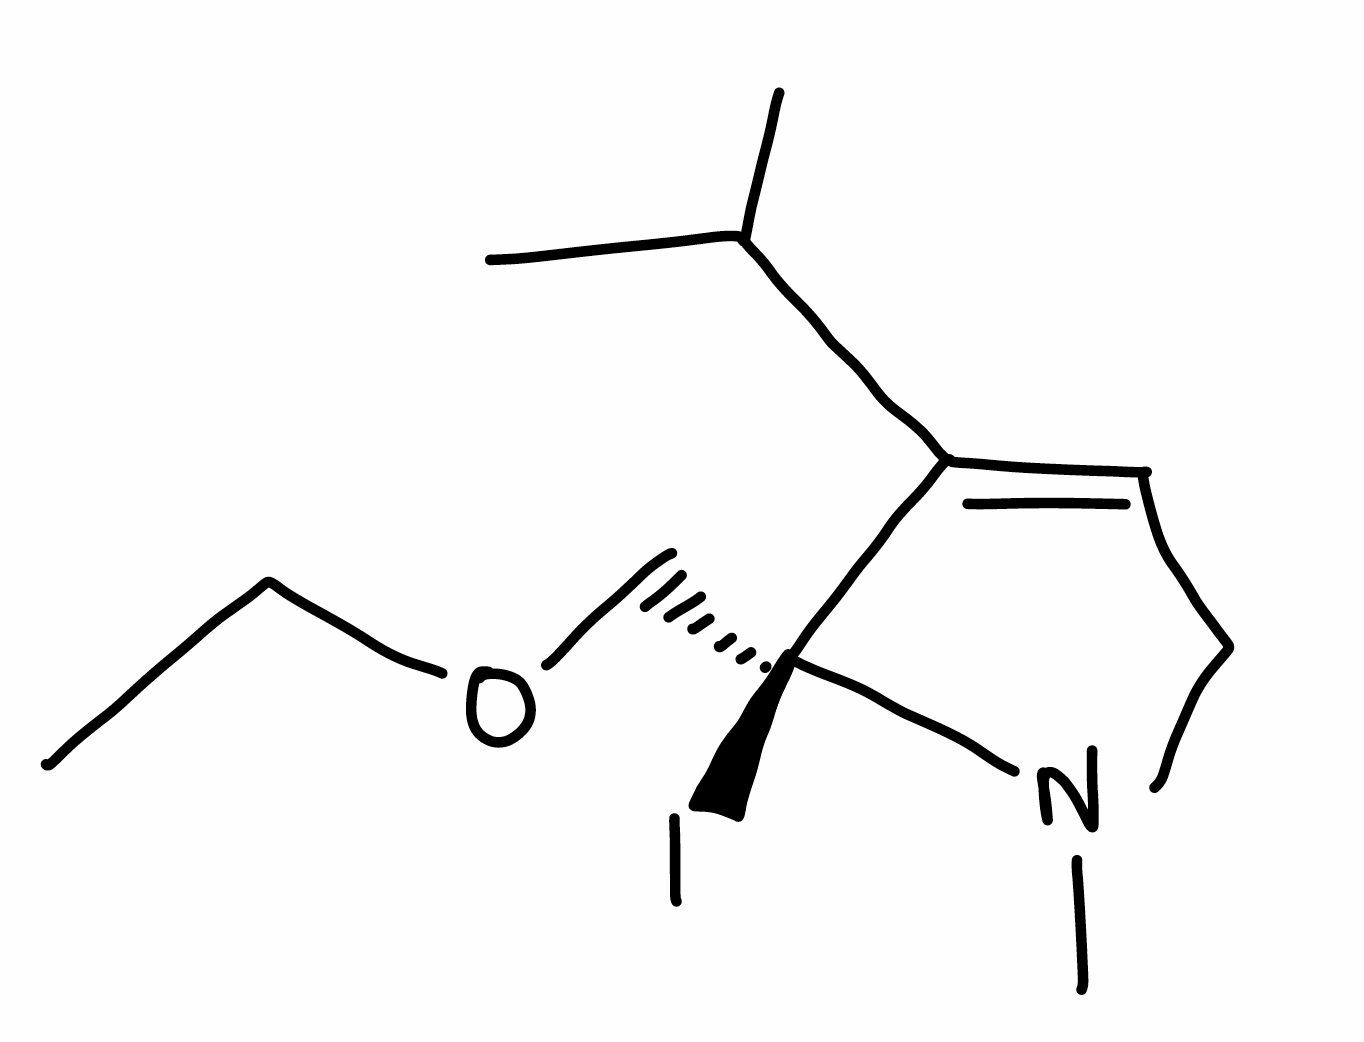
Simplified molecular-input line-entry system (SMILES) notation of the given molecule:
CCOC[C@@]1(C(=CCN1C)C(C)C)I